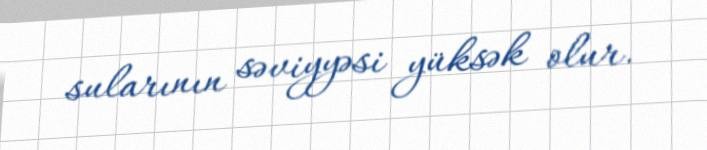
sularının səviyyəsi yüksək olur.